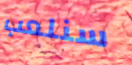
سنلعب